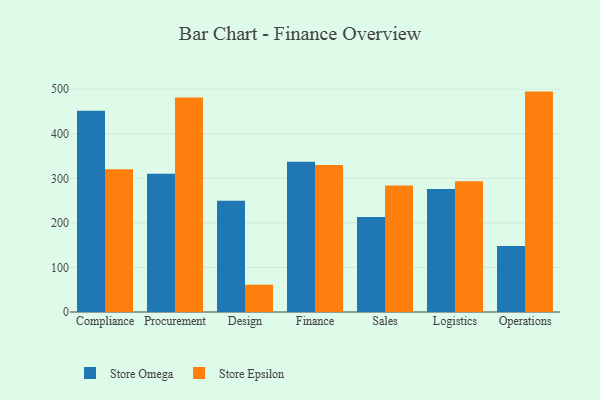
{"axis": {"x": "Department", "y": "Page Views"}, "legend": ["Store Epsilon", "Store Omega"], "data": [{"x": "Compliance", "y": 451.6, "type": "Store Omega"}, {"x": "Compliance", "y": 320.3, "type": "Store Epsilon"}, {"x": "Procurement", "y": 310.5, "type": "Store Omega"}, {"x": "Procurement", "y": 481.3, "type": "Store Epsilon"}, {"x": "Design", "y": 249.9, "type": "Store Omega"}, {"x": "Design", "y": 61.4, "type": "Store Epsilon"}, {"x": "Finance", "y": 337.4, "type": "Store Omega"}, {"x": "Finance", "y": 330.0, "type": "Store Epsilon"}, {"x": "Sales", "y": 213.5, "type": "Store Omega"}, {"x": "Sales", "y": 283.8, "type": "Store Epsilon"}, {"x": "Logistics", "y": 276.3, "type": "Store Omega"}, {"x": "Logistics", "y": 293.5, "type": "Store Epsilon"}, {"x": "Operations", "y": 148.1, "type": "Store Omega"}, {"x": "Operations", "y": 494.8, "type": "Store Epsilon"}]}